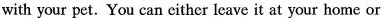
with your pet. You can cit her leave it at your home or